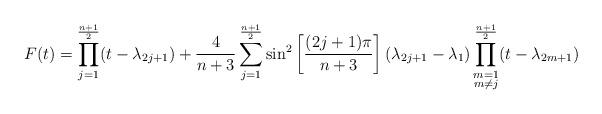
LaTeX: \begin{align*}F(t) = \prod_{j=1}^{\frac{n+1}{2}}(t - \lambda_{2j+1}) + \frac{4}{n + 3} \sum_{j=1}^{\frac{n+1}{2}} \sin^{2} \left[\frac{(2j + 1) \pi}{n + 3} \right] (\lambda_{2j+1} - \lambda_{1}) \prod_{\substack{m=1 \\ m \neq j}}^{\frac{n+1}{2}}(t - \lambda_{2m+1})\end{align*}